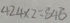
4 2 4 \times 2 = 8 4 8